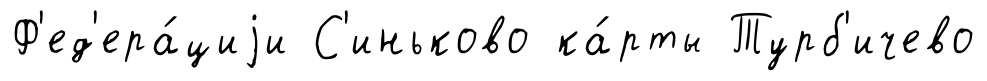
Ф'ед'ера́циjи С'иньково ка́рты Турб'ичево